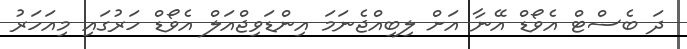
ދަ ބެސްޓް އެވޯޑް އޭނާ އަށް ލިބިއްޖެނަމަ އިންޑަވިޖްއަލް އެވޯޑް ހަރުގައި މިއަހަރު